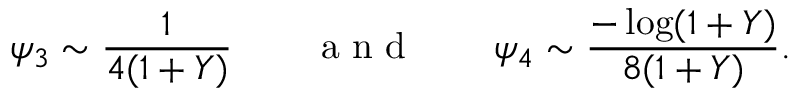
\psi _ { 3 } \sim \frac { 1 } { 4 ( 1 + Y ) } \qquad \mathrm { ~ a ~ n ~ d ~ } \qquad \psi _ { 4 } \sim \frac { - \log ( 1 + Y ) } { 8 ( 1 + Y ) } .